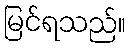
မြင်ရသည်။